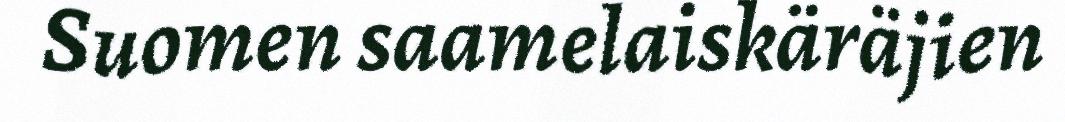
Suomen saamelaiskäräjien